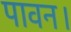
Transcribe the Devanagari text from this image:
पावन।